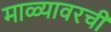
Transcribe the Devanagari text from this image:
माळ्यावरची